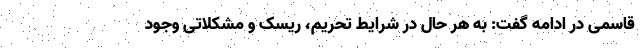
قاسمی در ادامه گفت: به هر حال در شرایط تحریم، ریسک و مشکلاتی وجود